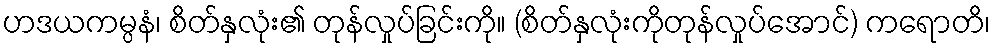
ဟဒယကမ္ပနံ၊ စိတ်နှလုံး၏ တုန်လှုပ်ခြင်းကို။ (စိတ်နှလုံးကိုတုန်လှုပ်အောင်) ကရောတိ၊